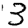
Digit: 3